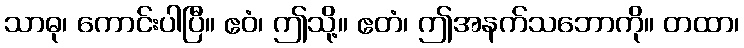
သာဓု၊ ကောင်းပါပြီ။ ဧဝံ၊ ဤသို့။ ဧတံ၊ ဤအနက်သဘောကို။ တထာ၊